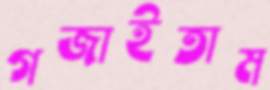
গজাইতাম